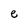
Character: e